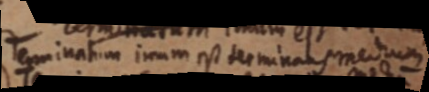
Terminatum inum est terminans medium